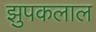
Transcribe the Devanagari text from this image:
झुपकलाल